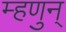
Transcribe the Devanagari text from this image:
म्हणुन्